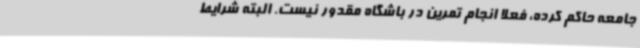
جامعه حاکم کرده، فعلا انجام تمرین در باشگاه مقدور نیست. البته شرایط